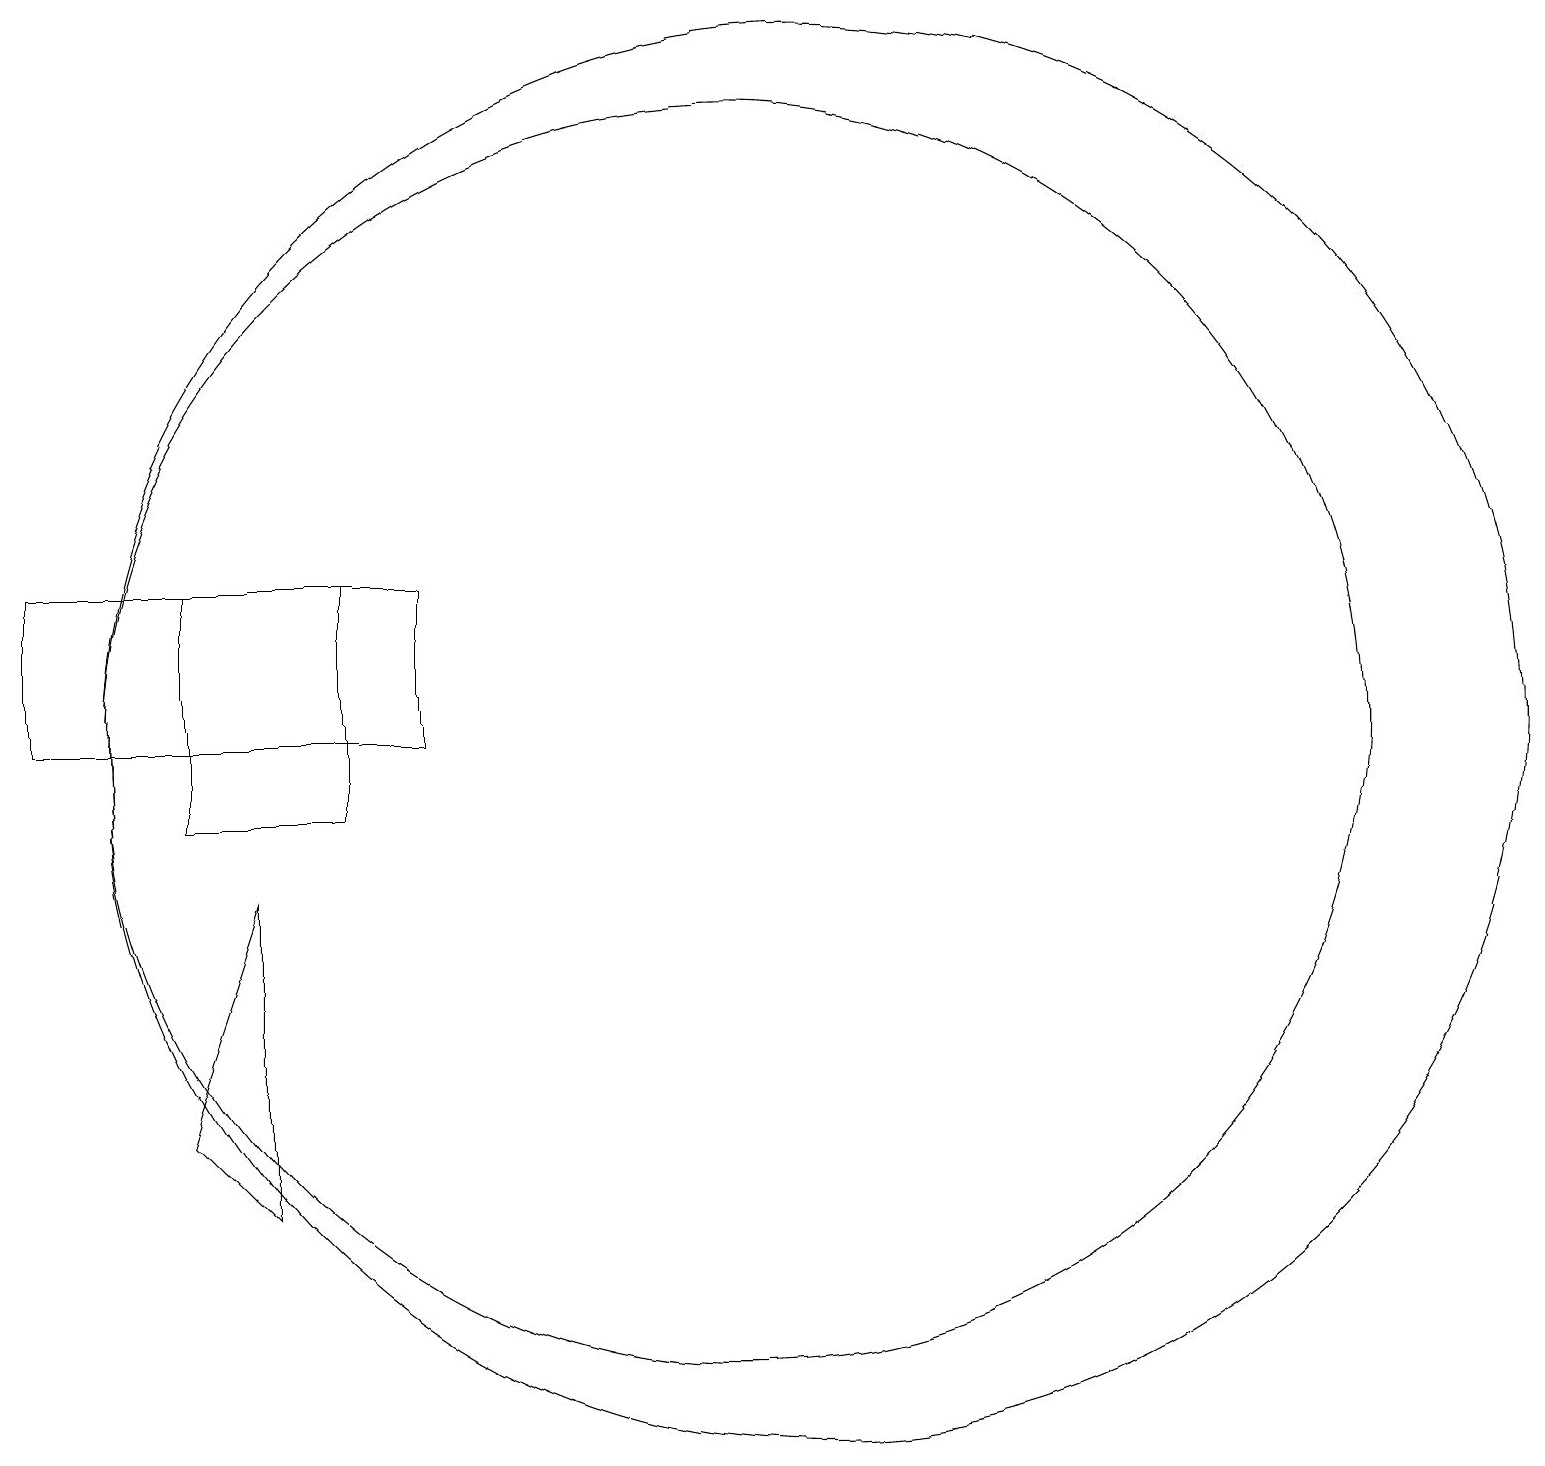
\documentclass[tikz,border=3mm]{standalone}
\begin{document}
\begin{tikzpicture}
\draw (11,11) circle (9);
\draw (1,11) rectangle (6,13);
\draw (3,10) rectangle (5,13);
\draw (10,11) circle (8);
\draw (3,6) -- (4,5) -- (4,9) -- cycle;
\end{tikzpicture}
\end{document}